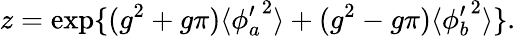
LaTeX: z=\exp\{ (g^{2}+g\pi)\langle{\phi_{a}^{\prime}}^{2}\rangle+(g^{2}-g\pi)\langle{\phi_{b}^{\prime}}^{2}\rangle\} .